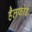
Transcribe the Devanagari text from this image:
हैलफोर्ड